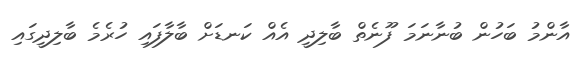
އާންމު ބަހުން ބުނާނަމަ ފޫނެތް ބާލިދީ އެއް ކަނޑަށް ބާލާފައި ހުރެމެ ބާލިދީގައި